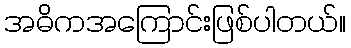
အဓိကအကြောင်းဖြစ်ပါတယ်။